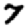
Digit: 7